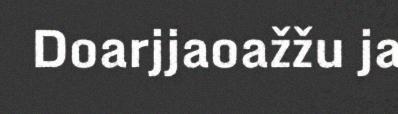
Doarjjaoažžu ja